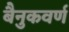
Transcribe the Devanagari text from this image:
बैनुकवर्ण